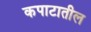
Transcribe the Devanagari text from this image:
कपाटातील